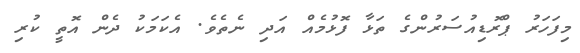
މިފަހަރު ޕްރޮޑިއުސަރުންގެ ތަޅާ ފޮޅުމެއް އަދި ނެތެވެ. އެކަމަކު ދެން އޮތީ ކުރި